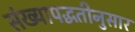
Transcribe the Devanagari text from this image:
संख्यापद्धतीनुसार